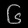
Digit: ၆